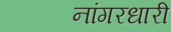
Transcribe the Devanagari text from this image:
नांगरधारी